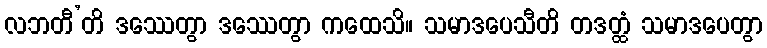
လဘတီ’တိ ဒဿေတွာ ဒဿေတွာ ကထေသိ။ သမာဒပေသီတိ တဒတ္ထံ သမာဒပေတွာ